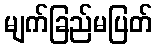
မျက်ခြည်မပြတ်